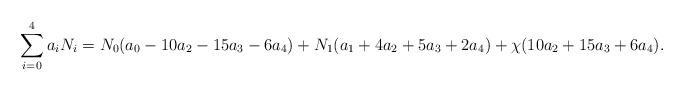
LaTeX: \begin{align*}\sum^4_{i=0} a_iN_i = N_0(a_0-10a_2-15a_3-6a_4) +N_1(a_1+4a_2+5a_3+2a_4) +\chi(10a_2+15a_3+6a_4).\end{align*}